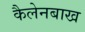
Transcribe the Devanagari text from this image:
कैलेनबाख